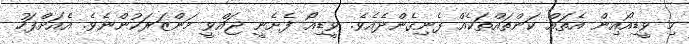
މި ވީޑިއޯއިން އެތައް ކަންތައްތަކެއް ފެނިގެންދެއެވެ. ވީޑިއޯ ފެށެނީ ޖައްވީ މަންޒަރަކުންނެވެ. އެއަށްފަހު